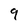
Character: 9